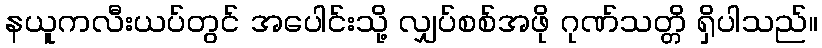
နယူကလီးယပ်တွင် အပေါင်းသို့ လျှပ်စစ်အဖို ဂုဏ်သတ္တိ ရှိပါသည်။